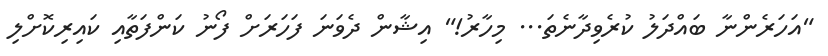
"އަހަރެންނާ ބައްދަލު ކުރެވިދާނެތަ... މިހާރު!" އިޝާން ދެވަނަ ފަހަރަށް ފޯނު ކަންފަތާއި ކައިރިކޮށްލި